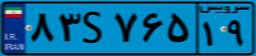
۸۳S۷۶۵۱۹